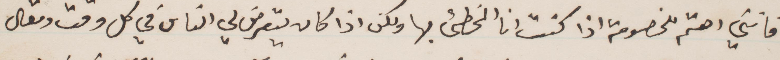
فانني اهتم للخصومة اذا كنت انا المخطئ بها ولكن اذا كان يتعرض لي الناس في كل وقت ومقال